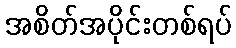
အစိတ်အပိုင်းတစ်ရပ်